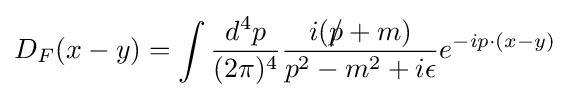
D_{F}(x-y)=\int {\frac {d^{4}p}{(2\pi )^{4}}}{\frac {i({p\!\!\!/}+m)}{p^{2}-m^{2}+i\epsilon }}e^{-ip\cdot (x-y)}